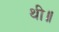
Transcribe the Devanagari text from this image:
थी॥